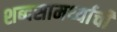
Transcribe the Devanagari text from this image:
शब्दसामर्थ्याची